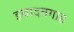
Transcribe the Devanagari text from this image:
इबादतगाह